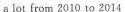
a lot from 2010 to 2014